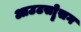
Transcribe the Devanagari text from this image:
आउटसोॄसग